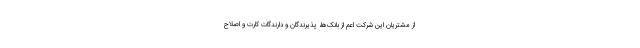
از مشتریان این شرکت اعم از بانک‌ها، پذیرندگان و دارندگات کارت و اصلاح